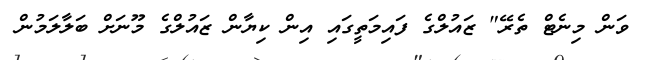
ވަން މިނެޓް ތެރޭ" ޒައުލްގެ ފައިމަތީގައި އިން ކިޔާން ޒައުލްގެ މޫނަށް ބަލާލަމުން